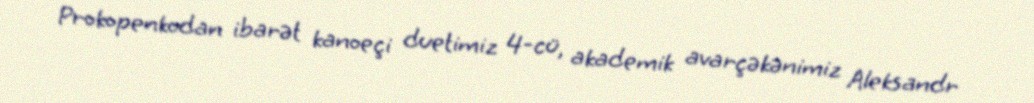
Prokopenkodan ibarət kanoeçi duetimiz 4-cü, akademik avarçəkənimiz Aleksandr